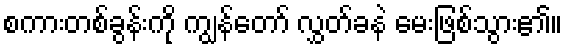
စကားတစ်ခွန်းကို ကျွန်တော် လွှတ်ခနဲ မေးဖြစ်သွား၏။